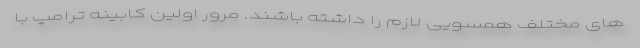
های مختلف همسویی لازم را داشته باشند. مرور اولین کابینه ترامپ با